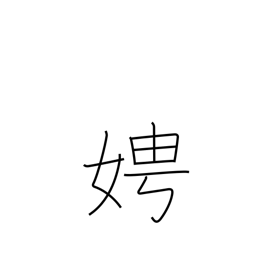
Meaning: ask after a woman's name